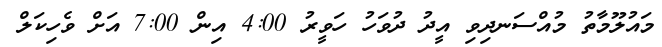
މައުލޫމާތު މުއްސަނދިވި އީދު ދުވަހު ހަވީރު 4:00 އިން 7:00 އަށް ވެހިކަލް